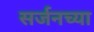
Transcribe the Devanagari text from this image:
सर्जनच्या